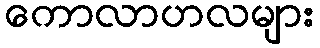
ကောလာဟလများ